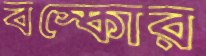
বস্কোর